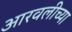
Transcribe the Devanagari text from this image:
आरवलीच्या